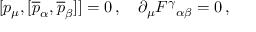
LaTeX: [ p _ { \mu } , [ \overline { { { p } } } _ { \alpha } , \overline { { { p } } } _ { \beta } ] ] = 0 \, , \quad \partial _ { \mu } F ^ { \gamma } { } _ { \alpha \beta } = 0 \, ,